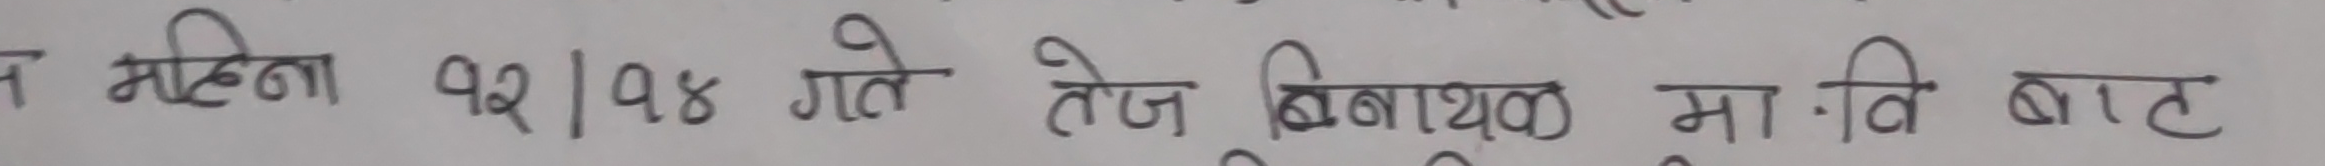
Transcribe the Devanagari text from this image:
महिना १२/१४ गते तेज बिनायक मा.वि बाट